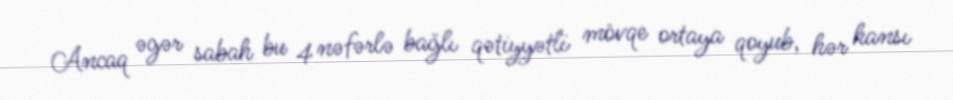
Ancaq əgər sabah bu 4 nəfərlə bağlı qətiyyətli mövqe ortaya qoyub, hər hansı